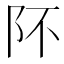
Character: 阫